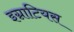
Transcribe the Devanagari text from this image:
इग्नाटियस